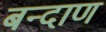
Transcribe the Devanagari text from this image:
बन्दाण